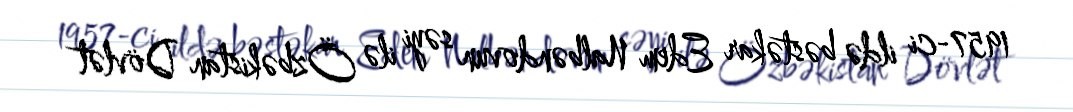
1957-ci ildə bəstəkar Edem Nalbəndovun səyi ilə Özbəkistan Dövlət